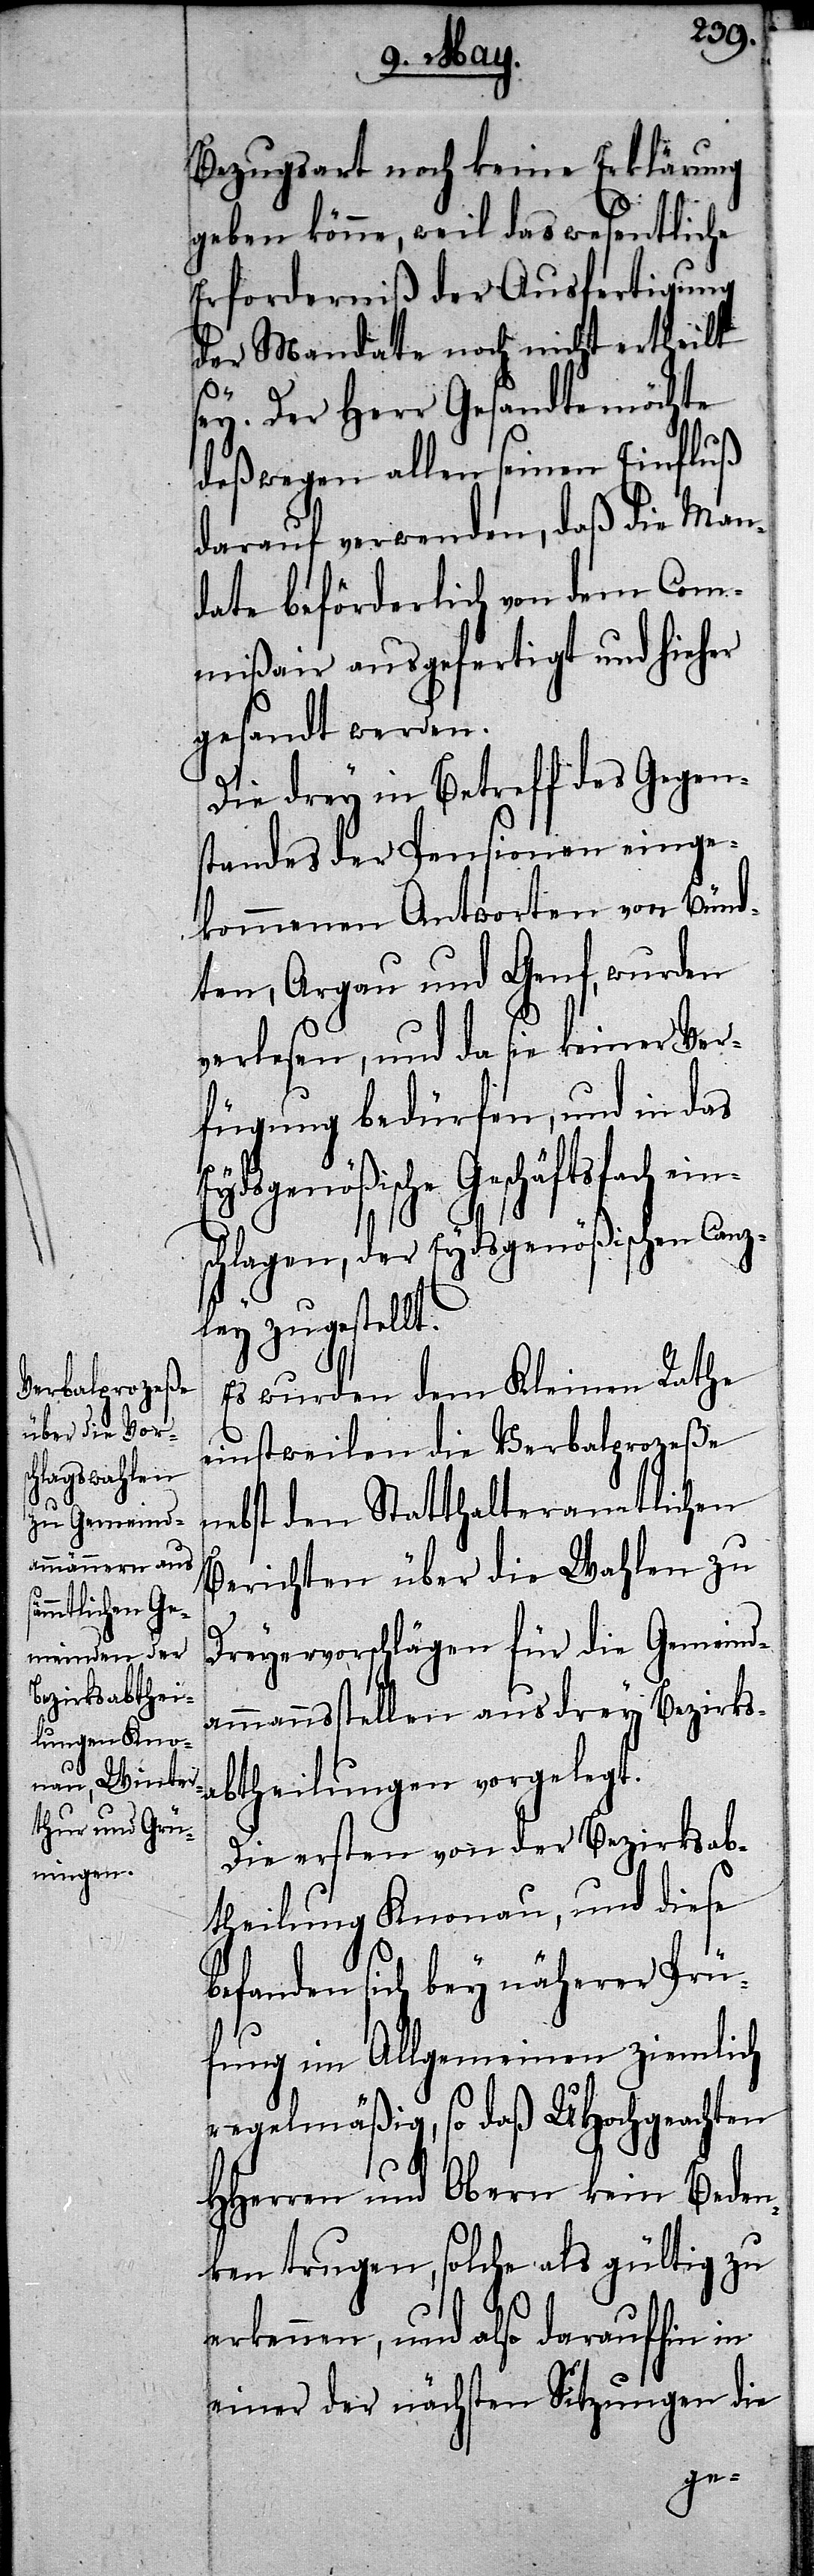
eins¬
Bezugsart noch keine Erklärung
geben könne, weil das wesentliche
Erforderniß der Ausfertigung
der Mandate noch nicht ertheilt
sey. Der Herr Gesandte möchte
deßwegen allen seinen Einfluß
darauf verwenden, daß die Man¬
date beförderlich von dem Com¬
mißair ausgefertigt und hieher
gesandt werden.
Die drey in Betreff des Gegen¬
standes der Pensionen einge¬
kommenen Antworten von Bünd¬
ten, Argau und Genf, wurden
verlesen, und da sie keiner Ver¬
fügung bedürfen, und in das
Eydsgenößische Geschäftsfach
chlagen, der Eydsgenößischen Canz¬
ley zugestellt.
Es wurden dem Kleinen Rathe
einstweilen die Verbalprozeße
ebst den Statthalteramtlichen
Berichten über die Wahlen zu
Dreyervorschlägen für die Gemeind¬
ammanstellen aus drey Bezirks¬
abtheilungen vorgelegt.
Die ersten von der Bezirksab¬
theilung Knonau, und diese
befanden sich bey näherer Prü¬
n¬
fung im Allgemeinen ziemlich
regelmäßig, so daß UHochgeachten
HHerren und Obern kein Beden¬
ken trugen, solche als gültig zu
erkennen, und also daraufhin in
einer der nächsten Sitzungen die